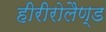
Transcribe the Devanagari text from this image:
हीरीरोलैण्ड